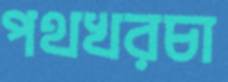
পথখরচা